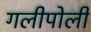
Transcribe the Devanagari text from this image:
गलीपोली